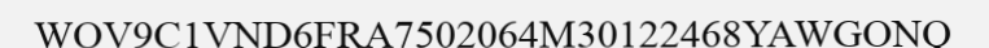
WOV9C1VND6FRA7502064M30122468YAWGONQ